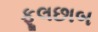
ફૂલછાબ